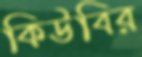
কিউবির